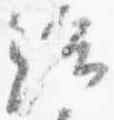
給